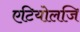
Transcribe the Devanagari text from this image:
एटियोलजि